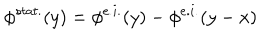
LaTeX: \phi ^ { s t a t . } ( y ) = \phi ^ { e . i . } ( y ) - \phi ^ { e . i . } ( y - x )